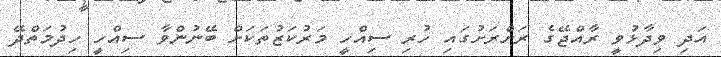
އަދި ވިދާޅުވީ ރާއްޖޭގެ ރަށްރަށުގައި ހުރި ސިއްހީ މަރުކަޒުތަކަށް ބޭނުންވާ ސިއްހީ ހިދުމަތްދޭ